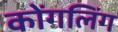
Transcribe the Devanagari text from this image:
कोंगलिंग